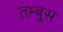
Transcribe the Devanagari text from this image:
तम्बुस